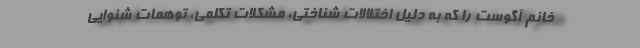
خانم آگوست را که به‌ دلیل اختلالات شناختی، مشکلات تکلمی، توهمات شنوایی